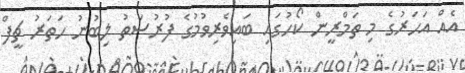
އެއް އަހަރުގެ މި ތަމްރީން ކޯހުގައި ބައިވެރިވުމުގެ ފުރުސަތު ލިބުނު ހަތަރު ޗީފް